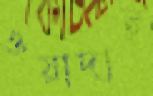
ওয়াদাই